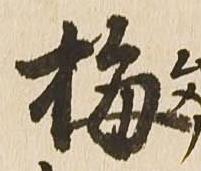
梅